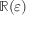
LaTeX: \mathbb { R } ( \varepsilon )